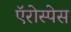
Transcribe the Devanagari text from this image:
ऍरोस्पेस